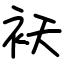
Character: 袄